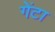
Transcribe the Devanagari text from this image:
गेंटा